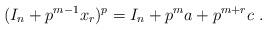
LaTeX: \begin{align*}(I_{n} + p^{m-1}x_{r})^{p} = I_{n} + p^{m}a + p^{m+r}c \ .\end{align*}